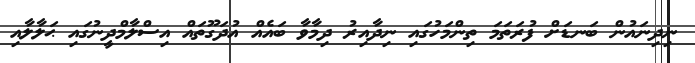
ނިދިނައުން ބަނޑަށް ފުރަތަމަ ތިންމަހުގައި ނިދާއިރު ދިމާވާ ބައެއް އުދަގޫތައް އިސްލާމްދީނުގައި ޙަލާލާއި